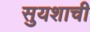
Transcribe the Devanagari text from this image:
सुयशाची